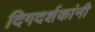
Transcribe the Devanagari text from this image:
दिगदर्शकांनी